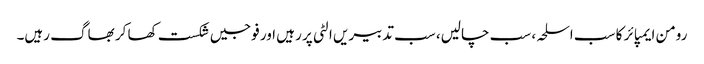
رومن ایمپائر کا سب اسلحہ، سب چالیں، سب تدبیریں الٹی پر رہیں اور فوجیں شکست کھا کر بھاگ رہیں۔